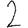
Digit: 2